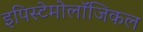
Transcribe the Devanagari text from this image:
इपिस्टेमोलॉजिकल